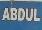
abdul